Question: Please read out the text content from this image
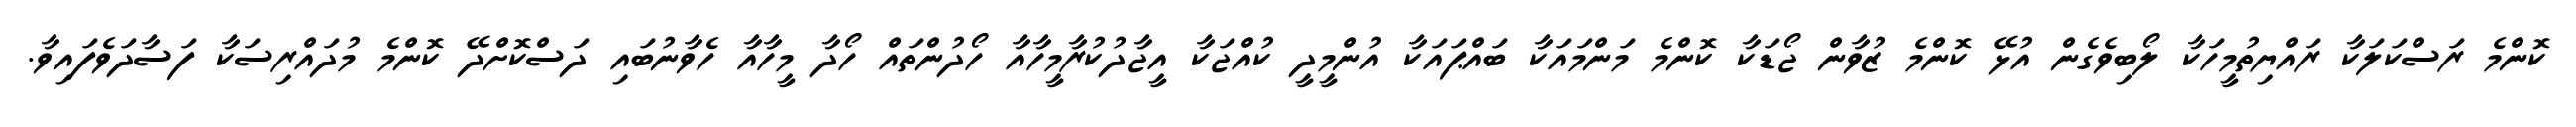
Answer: ކޮންމެ ރަސްކަލަކާ ރައްޔިތުމީހަކާ ލޯބިވެގެން އުޅޭ ކޮންމެ ޒުވާން ޖޯޑަކާ ކޮންމެ މަންމައަކާ ބައްޕައަކާ އުންމީދީ ކުއްޖަކާ އީޖާދުކުރާމީހާއާ ހޯދުންތައް ހޯދާ މީހާއާ ހެވާނުބައި ދަސްކޮށްދޭ ކޮންމެ މުދައްރިސަކާ ފަސާދަވެފައިވާ.